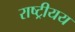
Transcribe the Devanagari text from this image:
राष्ट्रीयय